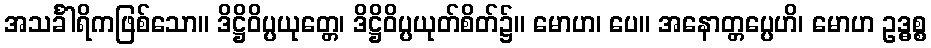
အသင်္ခါရိကဖြစ်သော။ ဒိဋ္ဌိဝိပ္ပယုတ္တေ၊ ဒိဋ္ဌိဝိပ္ပယုတ်စိတ်၌။ မောဟ၊ ပေ။ အနောတ္တပ္ပေဟိ၊ မောဟ ဥဒ္ဓစ္စ